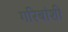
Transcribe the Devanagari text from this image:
गरिबांशी